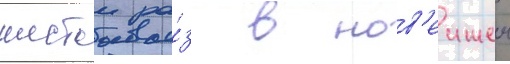
шестои ра́з в нов'еишеи